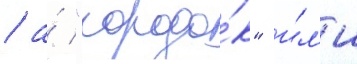
/ а́ "городо́к" и́л'и